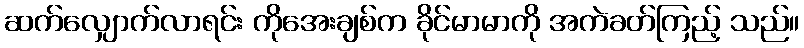
ဆက်လျှောက်လာရင်း ကိုအေးချစ်က ခိုင်မာမာကို အကဲခတ်ကြည့် သည်။